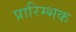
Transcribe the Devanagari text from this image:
प्रारिम्भक